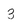
Character: 3